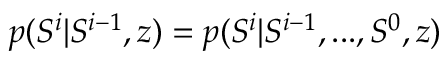
p ( S ^ { i } \vert S ^ { i - 1 } , z ) = p ( S ^ { i } \vert S ^ { i - 1 } , . . . , S ^ { 0 } , z )